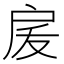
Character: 𭠅